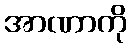
အာဏာကို